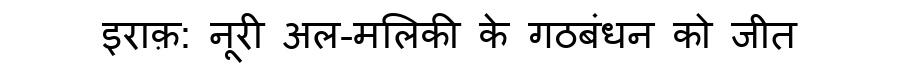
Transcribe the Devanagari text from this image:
इराक़: नूरी अल-मलिकी के गठबंधन को जीत